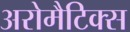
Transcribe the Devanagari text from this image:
अरोमैटिक्स